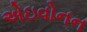
એઇવોનન